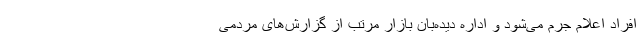
افراد اعلام جرم می‌شود و اداره دیده‌بان بازار مرتب از گزارش‌های مردمی